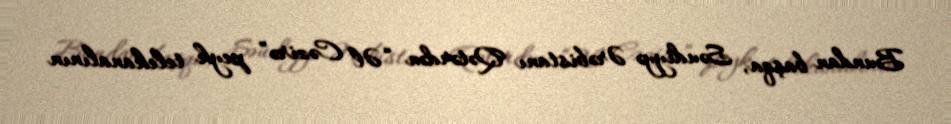
Bundan başqa, Səudiyyə Ərəbistanı Qətərdən “Əl Cəzirə” peyk telekanalının